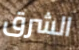
الشرق